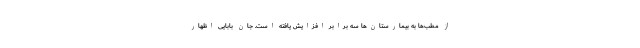
از مطب‌ها به بیمارستان‌ها سه برابر افزایش یافته است. جان بابایی اظهار